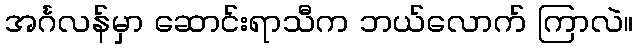
အင်္ဂလန်မှာ ဆောင်းရာသီက ဘယ်လောက် ကြာလဲ။